Civil Veterinary Department Bihar & Orissa reports 1929-36 - 1929-1936
Year: 1929
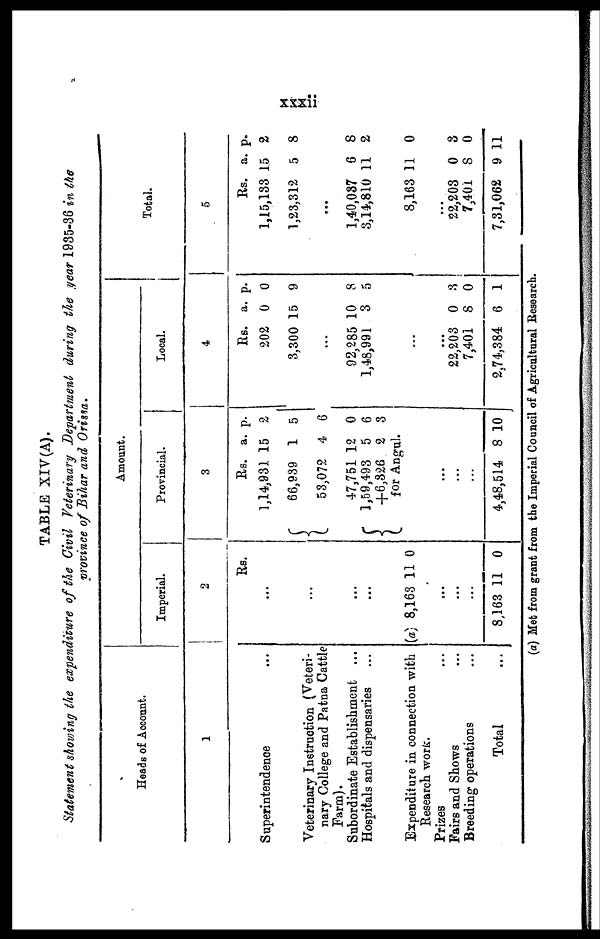
xxxii
TABLE XIV (A).
Statement showing the expenditure of the Civil Veterinary Department during the year 1935-36 in the
province of Bihar and Orissa.
Heads of Account.
1
Superintendence
Veterinary Instruction (Veteri-
nary College and Patna Cattle
Farm).
Subordinate Establishment ...
Hospitals and dispensaries ...
Expenditure in connection with
Research work.
Prizes ...
Fairs and Shows ...
Breeding operations ...
Total ...
Amount.
Imperial.
2
...
...
...
...
(a) 8,163
....
...
...
8,163 1
Rs.
11
1
0
0
Provincial.
3
Rs.
1,14,931
66,939
53,072
47,751
1,59,493
+6,326
a.
15
1
4
12
5
2
p.
2
5
6
0
6
3
for Angul.
...
...
...
4,48,514 8 10
Local.
4
Rs.
202
3,300
...
92,285
1,48,991
...
...
22,203
7,401
2.74,384
a.
0
15
10
3
0
8
6
p.
0
9
8
5
3
0
1
Total.
5
Rs.
1,15,133
1,23,312
...
1,40,087
3,14,810
8,163
...
22,203
7,401
7,31,062
a.
15
5
6
11
11
0
8
9
p.
2
8
8
2
0
3
0
11